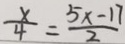
\frac { x } { 4 } = \frac { 5 x - 1 7 } { 2 }